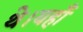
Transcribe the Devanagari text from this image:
थे।यहाँ